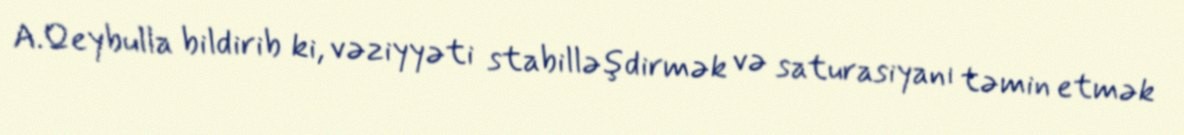
A.Qeybulla bildirib ki, vəziyyəti stabilləşdirmək və saturasiyanı təmin etmək